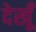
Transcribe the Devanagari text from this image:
देखूँ